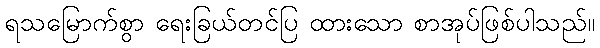
ရသမြောက်စွာ ရေးခြယ်တင်ပြ ထားသော စာအုပ်ဖြစ်ပါသည်။